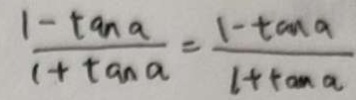
\frac { 1 - \tan a } { 1 + \tan a } = \frac { 1 - \tan a } { 1 + \tan a }